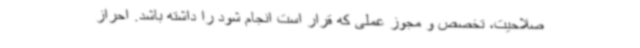
صلاحیت، تخصص و مجوز عملی که قرار است انجام شود را داشته باشد. احراز